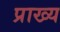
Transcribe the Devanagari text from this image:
प्राख्य